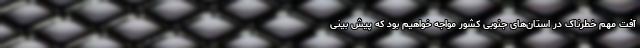
آفت مهم خطرناک در استان‌های جنوبی کشور مواجه خواهیم بود که پیش بینی